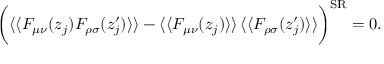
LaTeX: \bigg ( \langle \langle F _ { \mu \nu } ( z _ { j } ) F _ { \rho \sigma } ( z _ { j } ^ { \prime } ) \rangle \rangle - \langle \langle F _ { \mu \nu } ( z _ { j } ) \rangle \rangle \, \langle \langle F _ { \rho \sigma } ( z _ { j } ^ { \prime } ) \rangle \rangle \bigg ) ^ { \mathrm { S R } } = 0 .